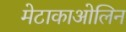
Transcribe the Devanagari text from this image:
मेटाकाओलिन